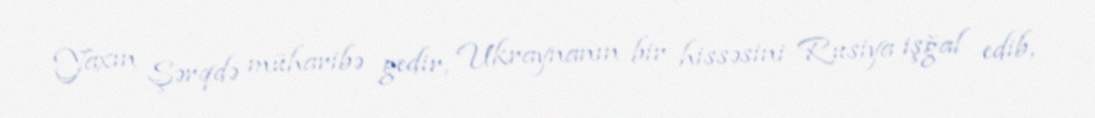
Yaxın Şərqdə müharibə gedir, Ukraynanın bir hissəsini Rusiya işğal edib,